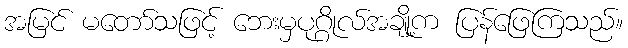
အမြင် မတော်သဖြင့် ဘေးမှပုဂ္ဂိုလ်အချို့က ပြန်ဖြေကြသည်။